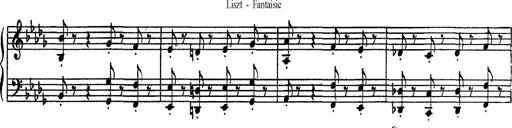
Title: Fantaisie sur des motifs favoris de l'opÃ©ra 'La sonnambula'
Composer: Franz Liszt